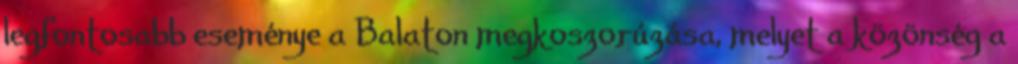
legfontosabb eseménye a Balaton megkoszorúzása, melyet a közönség a